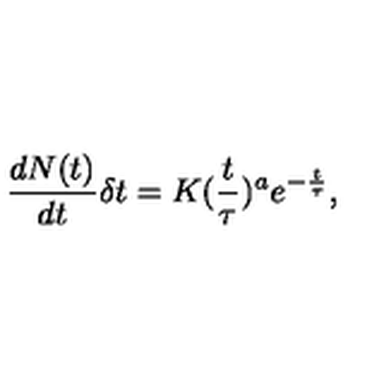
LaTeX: \frac { d N ( t ) } { d t } \delta t = K ( \frac { t } { \tau } ) ^ { a } e ^ { - \frac { t } { \tau } } ,